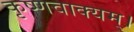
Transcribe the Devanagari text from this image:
कृष्णवाक्यम्।